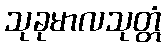
သုခုမာလသုတ္တံ